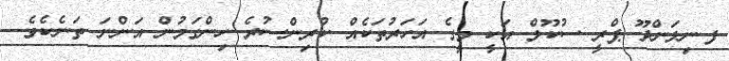
ފ.ނިލަންދޫ ޕްރީ ސުކޫލް އަކީ މީގެ އަހަރުތަކެއް ކުރިންސުރެ ހިންގަމުން އަންނަ ތަނެކެވެ.